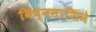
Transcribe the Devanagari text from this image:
विघ्ननाशिने